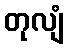
တုလျံ